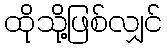
ထိုသို့ဖြစ်လျှင်